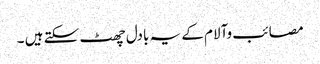
مصائب وآلام کے یہ بادل چھٹ سکتے ہیں ۔